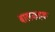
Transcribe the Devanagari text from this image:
बालकहरू